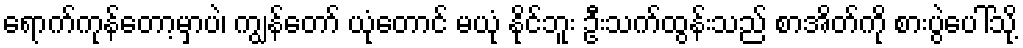
ရောက်ကုန်တော့မှာပဲ၊ ကျွန်တော် ယုံတောင် မယုံ နိုင်ဘူး ဦးသက်ထွန်းသည် စာအိတ်ကို စားပွဲပေါ်သို့